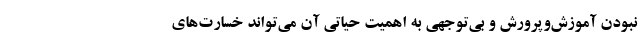
نبودن آموزش‌وپرورش و بی‌توجهی به اهمیت حیاتی آن می‌تواند خسارت‌های